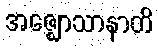
အဇ္ဈောသာနာတိ